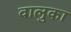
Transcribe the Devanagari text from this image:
वालुका